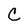
Character: C